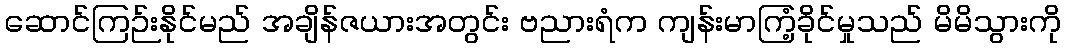
ဆောင်ကြဉ်းနိုင်မည် အချိန်ဇယားအတွင်း ဗညားရံက ကျန်းမာကြံ့ခိုင်မှုသည် မိမိသွားကို